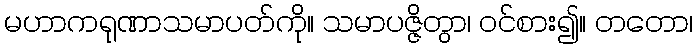
မဟာကရုဏာသမာပတ်ကို။ သမာပဇ္ဇိတွာ၊ ဝင်စား၍။ တတော၊